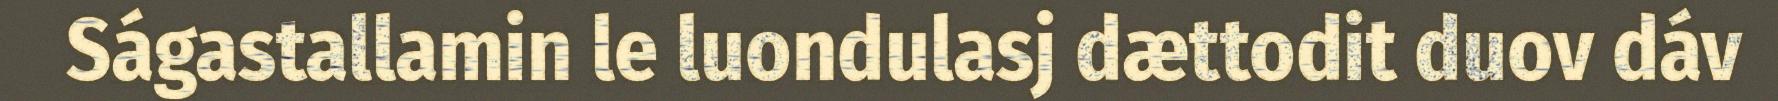
Ságastallamin le luondulasj dættodit duov dáv